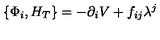
\left\{ \Phi _ { i } , H _ { T } \right\} = - \partial _ { i } V + f _ { i j } \lambda ^ { j }